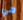
هي